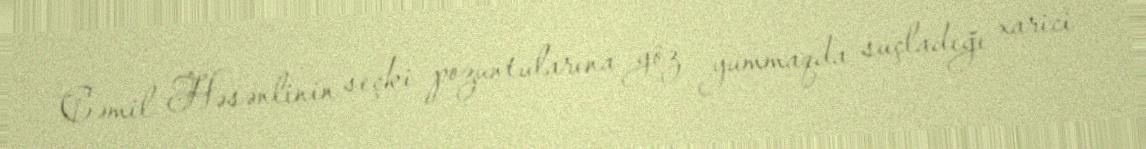
Cəmil Həsənlinin seçki pozuntularına göz yummaqda suçladığı xarici